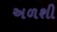
અળશી